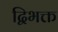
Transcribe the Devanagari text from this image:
द्विभक्त